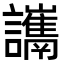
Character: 𧮋